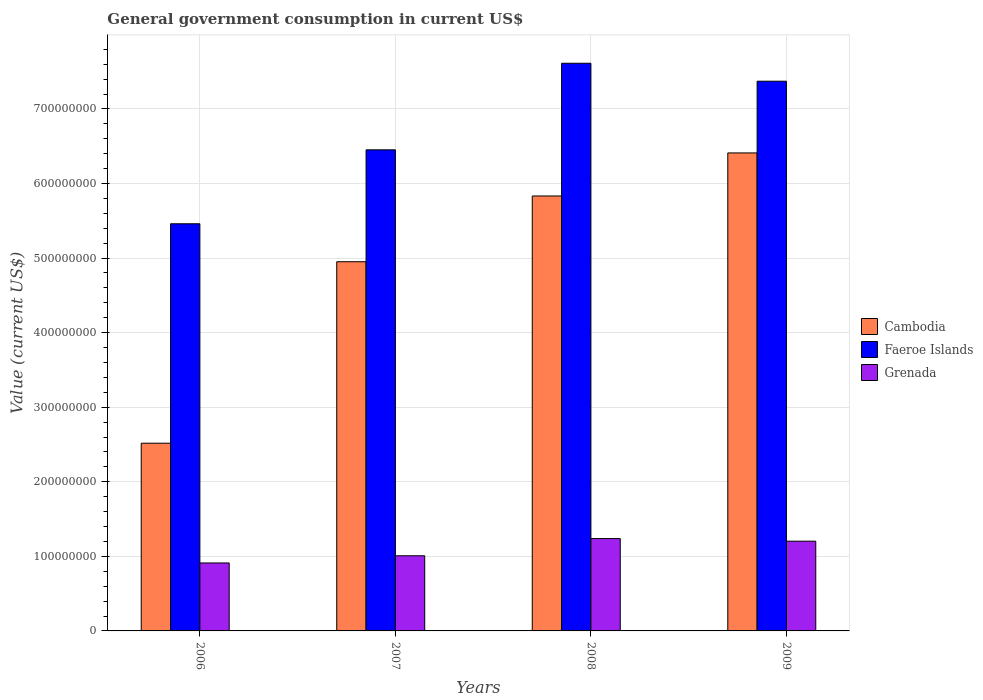
| Years | Cambodia | Faeroe Islands | Grenada |
 | --- | --- | --- | --- |
 | 2006 | 2.52e+08 | 5.46e+08 | 9.11e+07 |
 | 2007 | 4.95e+08 | 6.45e+08 | 1.01e+08 |
 | 2008 | 5.83e+08 | 7.61e+08 | 1.24e+08 |
 | 2009 | 6.41e+08 | 7.37e+08 | 1.2e+08 |